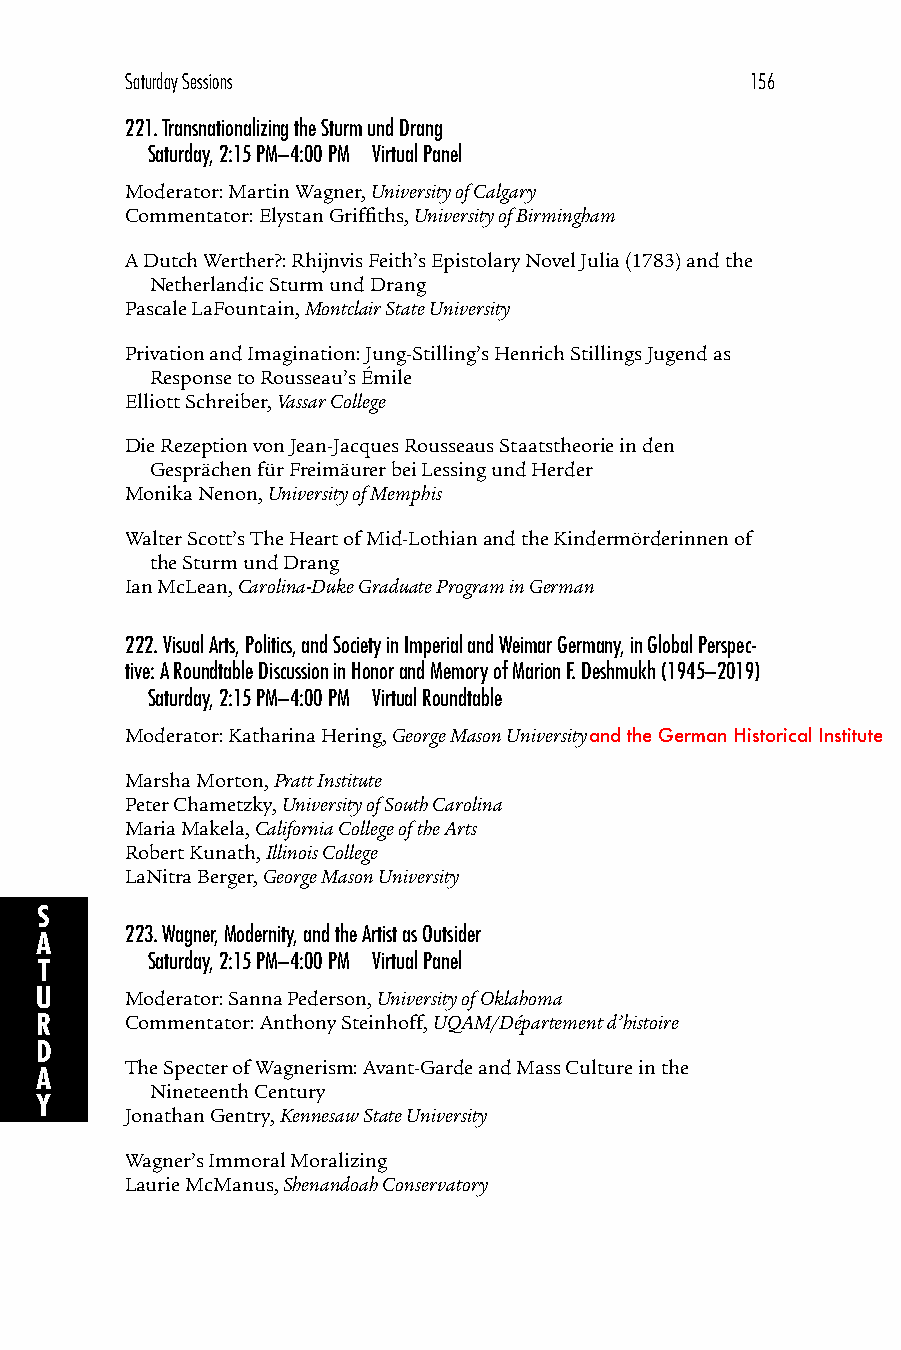
Saturday Sessions                         156
 221.Transnationalizing the Sturm und Drang
 Saturday, 2:15 PM–4:00 PM Virtual Panel
 Moderator: Martin Wagner, University of Calgary
 Commentator: Elystan Griffiths, University of Birmingham
 A Dutch Werther?: Rhijnvis Feith’s Epistolary Novel Julia (1783) and the
 Netherlandic Sturm und Drang
 Pascale LaFountain, Montclair State University
 Privation and Imagination: Jung-Stilling’s Henrich Stillings Jugend as
 Response to Rousseau’s Émile
 Elliott Schreiber, Vassar College
 Die Rezeption von Jean-Jacques Rousseaus Staatstheorie in den
 Gesprächen für Freimäurer bei Lessing und Herder
 Monika Nenon, University of Memphis
 Walter Scott’s The Heart of Mid-Lothian and the Kindermörderinnen of
 the Sturm und Drang
 Ian McLean, Carolina-Duke Graduate Program in German
 222.Visual Arts, Politics, and Society in Imperial and Weimar Germany, in Global Perspec-
 tive: A Roundtable Discussion in Honor and Memory of Marion F. Deshmukh (1945–2019)
 Saturday, 2:15 PM–4:00 PM Virtual Roundtable
 Moderator: Katharina Hering, George Mason Universityand the German Historical Institute
 Marsha Morton, Pratt Institute
 Peter Chametzky, University of South Carolina
 Maria Makela, California College of the Arts
 Robert Kunath, Illinois College
 LaNitra Berger, George Mason University
 S
 223.Wagner, Modernity, and the Artist as Outsider
 A
 Saturday, 2:15 PM–4:00 PM Virtual Panel
 T
 U     Moderator: Sanna Pederson, University of Oklahoma
 R     Commentator: Anthony Steinhoff, UQAM/Département d’histoire
 D
 The Specter of Wagnerism: Avant-Garde and Mass Culture in the
 A
 Nineteenth Century
 Y
 Jonathan Gentry, Kennesaw State University
 Wagner’s Immoral Moralizing
 Laurie McManus, Shenandoah Conservatory